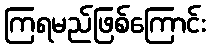
ကြရမည်ဖြစ်ကြောင်း